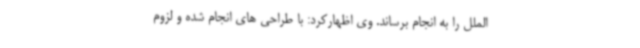
الملل را به انجام برساند. وی اظهارکرد: با طراحی های انجام شده و لزوم